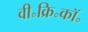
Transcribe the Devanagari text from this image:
वी॰क्रि॰कॉ॰